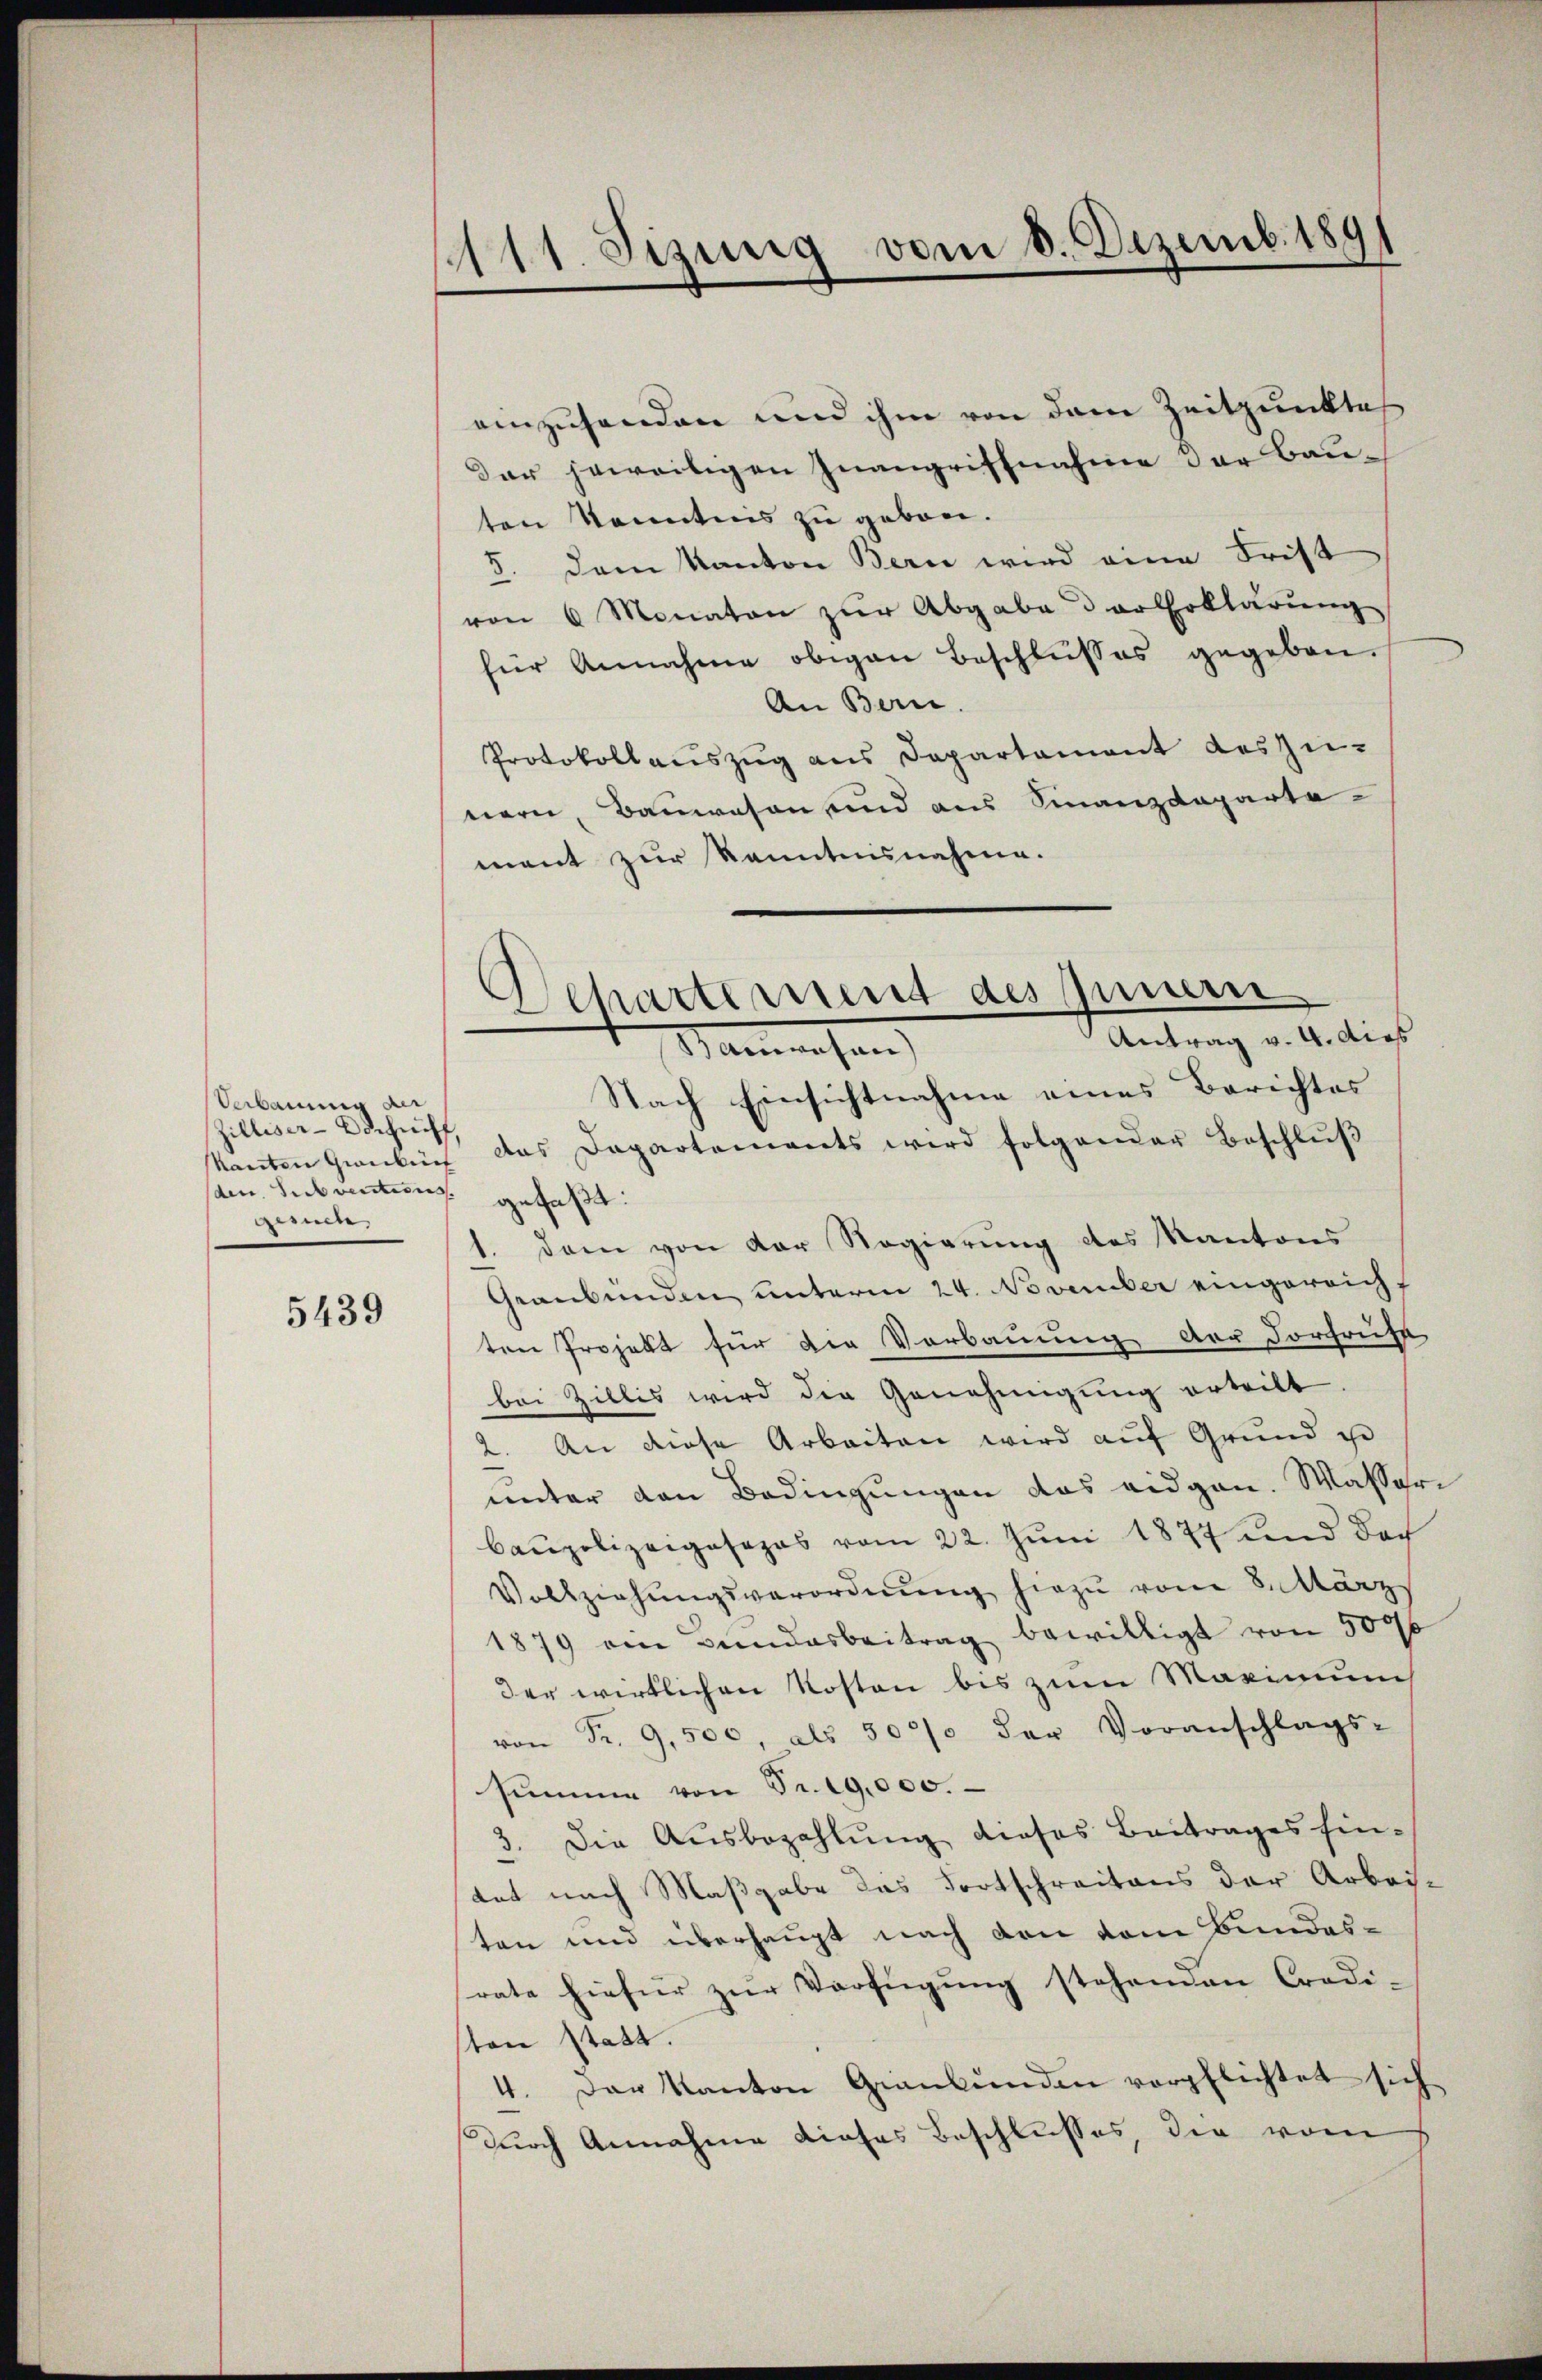
Verbauung der
Zilliser-Verfünff
den. Subventions gefaßt:
Freude,

5439

111. Sizung vom 8. Dezemb. 189

einzuhanden und ihm von dem Zeitpunktes
Der jeweiligen Inangriffnahme der Bauten Kenntnis zu gebon.
5. dem Kanton Bern wird eine Frist
von 6 Monaten zŭr Abgabe der Erklärung
für Annahme obigen Beschlusses gegeben.
An Bern.
Protokollauszug aus Departement des zu-
nern, Bauwesen und aus Finanzdeparte
mant zur Kenntnisnahme.
Nach Einsichtnahme eines Berichtes
kanton Grauben das Departements wird folgender Beschlŭβ
1. Dann von der Regierung des Kantons
Graubünden unterm 24. November eingereicht
ten Projekt für die Vorbauung der Vortriefe
bei Zillis wird die Genehmigung erteilt.
An diese Arbeiten wird auf Grund zu
unter den Bedingungen das eidgen. Wasser¬
Caupolizeiposapas vom 22. Juni 1877 und doch
Vollziehŭngsverordnŭng hiezu vom 8. März
1879 ein Bŭndesbeitrag bewilligt von 5006
der wirklichen Kosten bis zum Maximum
von Fr. 9,500, als 507 der Voranschlags-
summe von Fr. 19,000.
3. Die Aŭsbezahlŭng dieses Beitrages hin-
tat nach Maßgabe das Fortschreitens der Arbei-
ten und überhaupt nach den vom Bundesrate hiefür zur Verfügung stehenden Crodi-
sten statt.
4. Das Kanton Giankunden verpflichtet sich
durch Annahme dieses Beschlusses, die vom

epartement des Innern
Antrag v. 4. dies
Manwesen